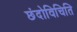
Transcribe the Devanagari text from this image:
छंदोविचिति